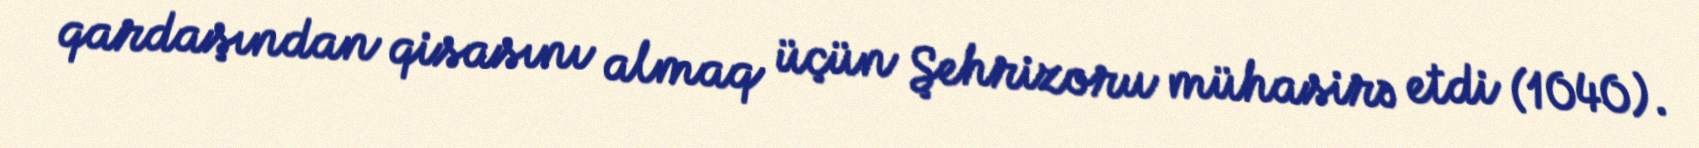
qardaşından qisasını almaq üçün Şehrizoru mühasirə etdi (1040).